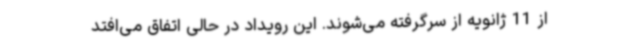
از 11 ژانویه از سرگرفته می‌شوند. این رویداد در حالی اتفاق می‌افتد